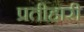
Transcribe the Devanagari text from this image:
प्रतीहारी